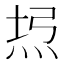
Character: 𤈔